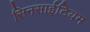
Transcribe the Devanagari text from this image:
सिनसाईटियम